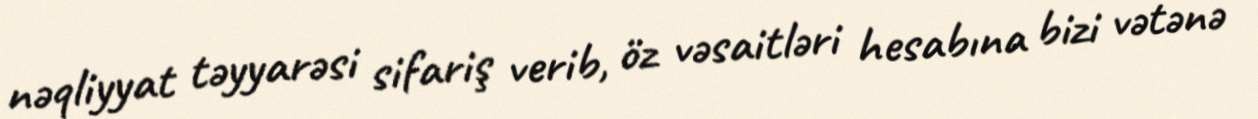
nəqliyyat təyyarəsi sifariş verib, öz vəsaitləri hesabına bizi vətənə